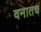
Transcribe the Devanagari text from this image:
वनातच